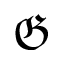
\mathfrak { G }